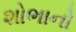
શોભાનો